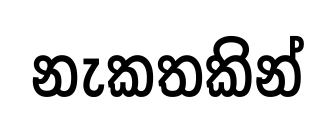
නැකතකින්